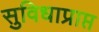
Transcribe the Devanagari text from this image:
सुविधाप्राप्त